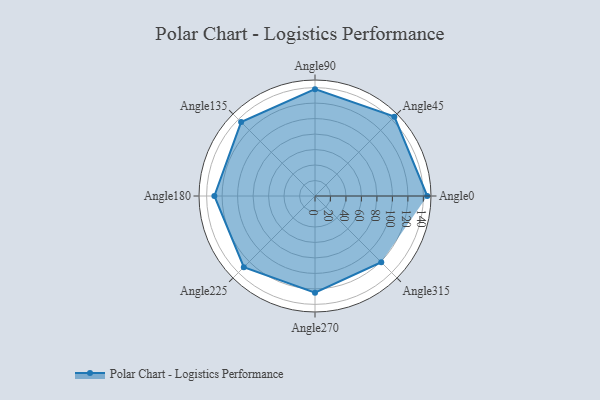
{"axis": {"x": "Angle", "y": "Radius"}, "legend": [""], "data": [{"x": "Angle0", "y": 145.0, "type": ""}, {"x": "Angle45", "y": 145.0, "type": ""}, {"x": "Angle90", "y": 138.0, "type": ""}, {"x": "Angle135", "y": 135.0, "type": ""}, {"x": "Angle180", "y": 130.0, "type": ""}, {"x": "Angle225", "y": 130.0, "type": ""}, {"x": "Angle270", "y": 125.0, "type": ""}, {"x": "Angle315", "y": 121.0, "type": ""}]}